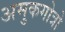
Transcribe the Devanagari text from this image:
अमुकगोत्रो